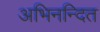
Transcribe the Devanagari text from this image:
अभिनन्दित